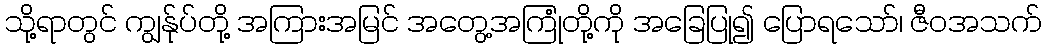
သို့ရာတွင် ကျွန်ုပ်တို့ အကြားအမြင် အတွေ့အကြုံတို့ကို အခြေပြု၍ ပြောရသော်၊ ဇီဝအသက်